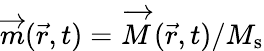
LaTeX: \overrightarrow{m}(\vec{r},t)=\overrightarrow{M}(\vec{r},t)/M_{\mathrm{s}}